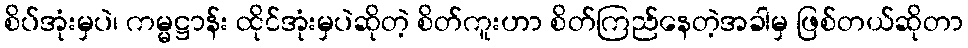
စိပ်အုံးမှပဲ၊ ကမ္မဋ္ဌာန်း ထိုင်အုံးမှပဲဆိုတဲ့ စိတ်ကူးဟာ စိတ်ကြည်နေတဲ့အခါမှ ဖြစ်တယ်ဆိုတာ